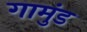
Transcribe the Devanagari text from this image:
गामुंड